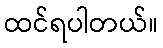
ထင်ရပါတယ်။